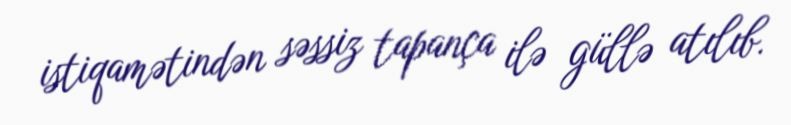
istiqamətindən səssiz tapança ilə güllə atılıb.